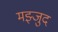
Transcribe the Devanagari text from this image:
मझ्जुद